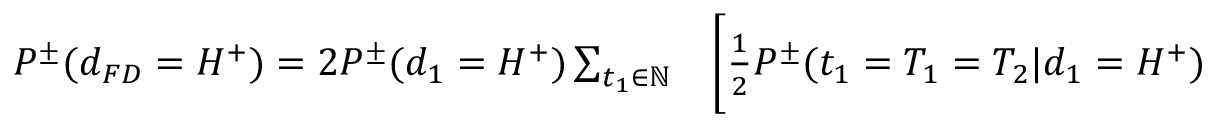
\begin{array} { r l } { P ^ { \pm } ( d _ { F D } = H ^ { + } ) = 2 P ^ { \pm } ( d _ { 1 } = H ^ { + } ) \sum _ { t _ { 1 } \in \mathbb { N } } } & { { } \bigg [ \frac { 1 } { 2 } P ^ { \pm } ( t _ { 1 } = T _ { 1 } = T _ { 2 } | d _ { 1 } = H ^ { + } ) } \end{array}